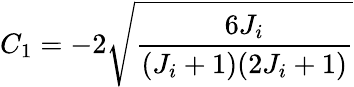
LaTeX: C_{1}=-2\sqrt{\frac{6J_{i}}{(J_{i}+1)(2J_{i}+1)}}